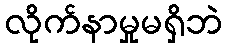
လိုက်နာမှုမရှိဘဲ